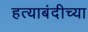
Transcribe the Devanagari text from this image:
हत्याबंदीच्या